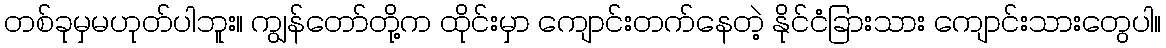
တစ်ခုမှမဟုတ်ပါဘူး။ ကျွန်တော်တို့က ထိုင်းမှာ ကျောင်းတက်နေတဲ့ နိုင်ငံခြားသား ကျောင်းသားတွေပါ။